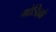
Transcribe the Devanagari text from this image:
गोडिल्लो